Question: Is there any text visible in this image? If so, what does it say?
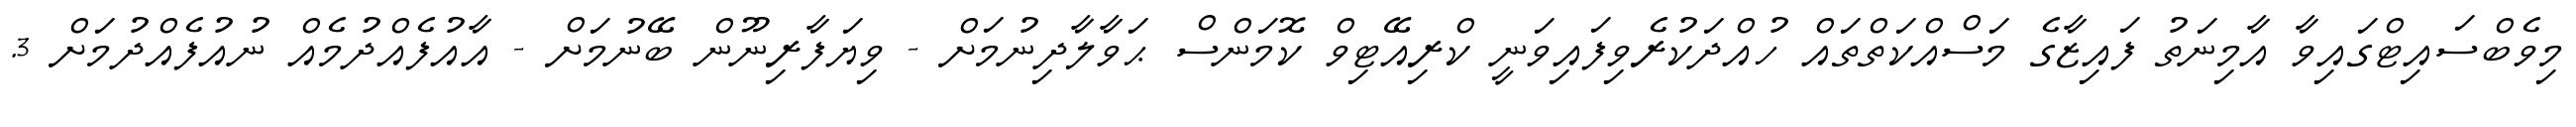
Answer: މިވެބްސައިޓްގައިވާ އާމިނަތު ފައިޒާގެ މަސްއްކަތްތައް ހުއްދަކުރެވިފައިވަނީ ކްރިއޭޓިވް ކޮމަންސް ޙަވާލާދިނުމަށް - ވިޔަފާރިނޫން ބޭނުމަށް - އާއުފެއްދުމެއް ނުއުފެއްދުމަށް 3.